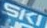
SKI